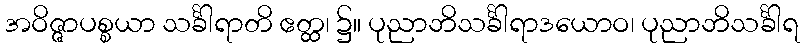
အဝိဇ္ဇာပစ္စယာ သင်္ခါရာတိ ဧတ္ထ၊ ၌။ ပုညာဘိသင်္ခါရာဒယောဝ၊ ပုညာဘိသင်္ခါရ